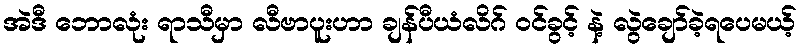
အဲဒီ ဘောလုံး ရာသီမှာ လီဗာပူးဟာ ချန်ပီယံလိဂ် ဝင်ခွင့် နဲ့ လွဲချော်ခဲ့ရပေမယ့်